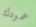
عمودك